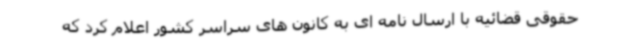
حقوقی قضائیه با ارسال نامه ای به کانون های سراسر کشور اعلام کرد که